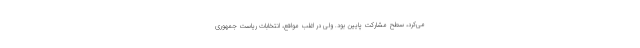
می‌کرد، سطح مشارکت پایین بود. ولی در اغلب مواقع، انتخابات ریاست جمهوری